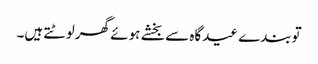
توبندے عیدگاہ سے بخشے ہوئے گھر لوٹتے ہیں۔